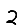
Digit: 2